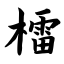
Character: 檑